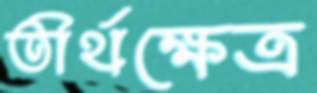
তীর্থক্ষেত্র